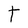
Character: t